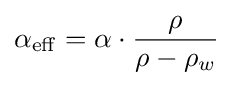
\alpha _{\mathrm {eff} }=\alpha \cdot {\frac {\rho }{\rho -\rho _{w}}}